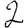
Digit: 2